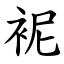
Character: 䘦